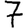
Digit: 7